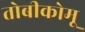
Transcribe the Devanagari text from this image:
तोबीकोमू